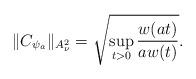
LaTeX: \begin{align*}\|C_{\psi_a}\|_{A^2_\nu} = \sqrt{\sup_{t>0} \frac{w(at)}{aw(t)}}.\end{align*}